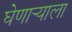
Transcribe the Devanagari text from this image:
घेणार्‍याला